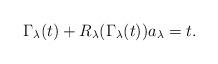
LaTeX: \begin{align*} \Gamma_\lambda(t) + R_\lambda(\Gamma_\lambda(t))a_\lambda = t.\end{align*}